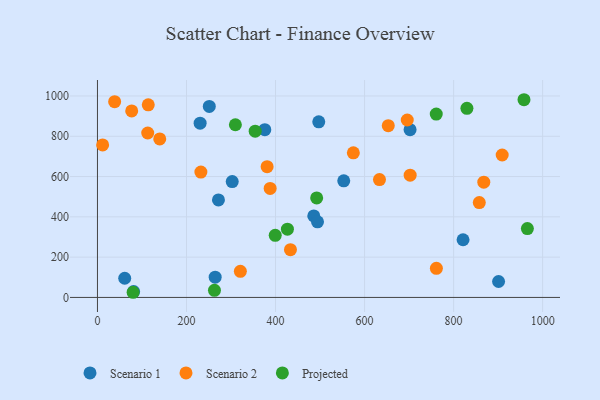
{"axis": {"x": "Study Hours", "y": "Profit"}, "legend": ["Projected", "Scenario 1", "Scenario 2"], "data": [{"x": "264.4", "y": 100.4, "type": "Scenario 1"}, {"x": "485.9", "y": 404.6, "type": "Scenario 1"}, {"x": "81.2", "y": 29.0, "type": "Scenario 1"}, {"x": "230.6", "y": 865.1, "type": "Scenario 1"}, {"x": "271.8", "y": 484.1, "type": "Scenario 1"}, {"x": "553.2", "y": 578.9, "type": "Scenario 1"}, {"x": "702.2", "y": 832.7, "type": "Scenario 1"}, {"x": "375.9", "y": 832.6, "type": "Scenario 1"}, {"x": "302.7", "y": 574.9, "type": "Scenario 1"}, {"x": "821.2", "y": 286.3, "type": "Scenario 1"}, {"x": "497.1", "y": 871.7, "type": "Scenario 1"}, {"x": "494.3", "y": 375.3, "type": "Scenario 1"}, {"x": "251.2", "y": 947.9, "type": "Scenario 1"}, {"x": "61.2", "y": 95.2, "type": "Scenario 1"}, {"x": "901.0", "y": 79.0, "type": "Scenario 1"}, {"x": "76.9", "y": 925.5, "type": "Scenario 2"}, {"x": "433.5", "y": 236.8, "type": "Scenario 2"}, {"x": "702.4", "y": 606.7, "type": "Scenario 2"}, {"x": "11.6", "y": 757.1, "type": "Scenario 2"}, {"x": "139.9", "y": 786.5, "type": "Scenario 2"}, {"x": "633.5", "y": 584.9, "type": "Scenario 2"}, {"x": "761.3", "y": 144.5, "type": "Scenario 2"}, {"x": "909.1", "y": 706.9, "type": "Scenario 2"}, {"x": "232.3", "y": 622.2, "type": "Scenario 2"}, {"x": "867.8", "y": 572.3, "type": "Scenario 2"}, {"x": "695.9", "y": 880.6, "type": "Scenario 2"}, {"x": "574.8", "y": 717.9, "type": "Scenario 2"}, {"x": "38.6", "y": 971.7, "type": "Scenario 2"}, {"x": "112.9", "y": 816.1, "type": "Scenario 2"}, {"x": "114.1", "y": 956.0, "type": "Scenario 2"}, {"x": "321.0", "y": 129.4, "type": "Scenario 2"}, {"x": "857.7", "y": 471.0, "type": "Scenario 2"}, {"x": "387.9", "y": 540.8, "type": "Scenario 2"}, {"x": "381.1", "y": 648.8, "type": "Scenario 2"}, {"x": "653.2", "y": 852.5, "type": "Scenario 2"}, {"x": "309.8", "y": 857.1, "type": "Projected"}, {"x": "829.9", "y": 938.6, "type": "Projected"}, {"x": "354.3", "y": 825.1, "type": "Projected"}, {"x": "426.7", "y": 338.7, "type": "Projected"}, {"x": "965.7", "y": 341.9, "type": "Projected"}, {"x": "262.8", "y": 35.3, "type": "Projected"}, {"x": "492.4", "y": 493.7, "type": "Projected"}, {"x": "761.0", "y": 910.1, "type": "Projected"}, {"x": "80.1", "y": 25.6, "type": "Projected"}, {"x": "399.3", "y": 308.5, "type": "Projected"}, {"x": "958.1", "y": 981.3, "type": "Projected"}]}